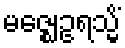
မဇ္ဈေဥရသ္မိံ